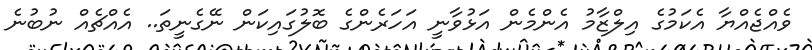
ވެއްޖެއްޔާ އެކަމުގެ އިލްޒާމު އެންމެން އަޅުވާނީ އަހަރެންގެ ބޮލުގައިކަން ނޭގެނީތަ.. އެއްޗެއް ނުބުނެ